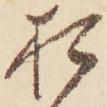
お